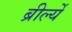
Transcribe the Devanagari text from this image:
ब्रीर्ल्ये